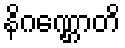
နိဂဏ္ဌောတိ